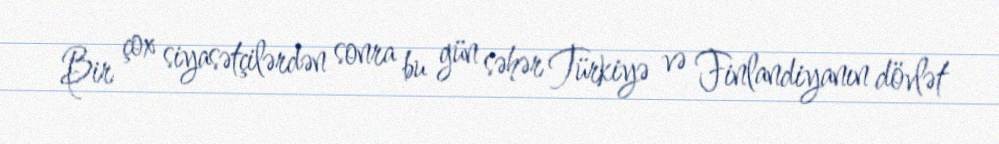
Bir çox siyasətçilərdən sonra bu gün səhər Türkiyə və Finlandiyanın dövlət